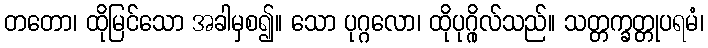
တတော၊ ထိုမြင်သော အခါမှစ၍။ သော ပုဂ္ဂလော၊ ထိုပုဂ္ဂိုလ်သည်။ သတ္တက္ခတ္တုပရမံ၊